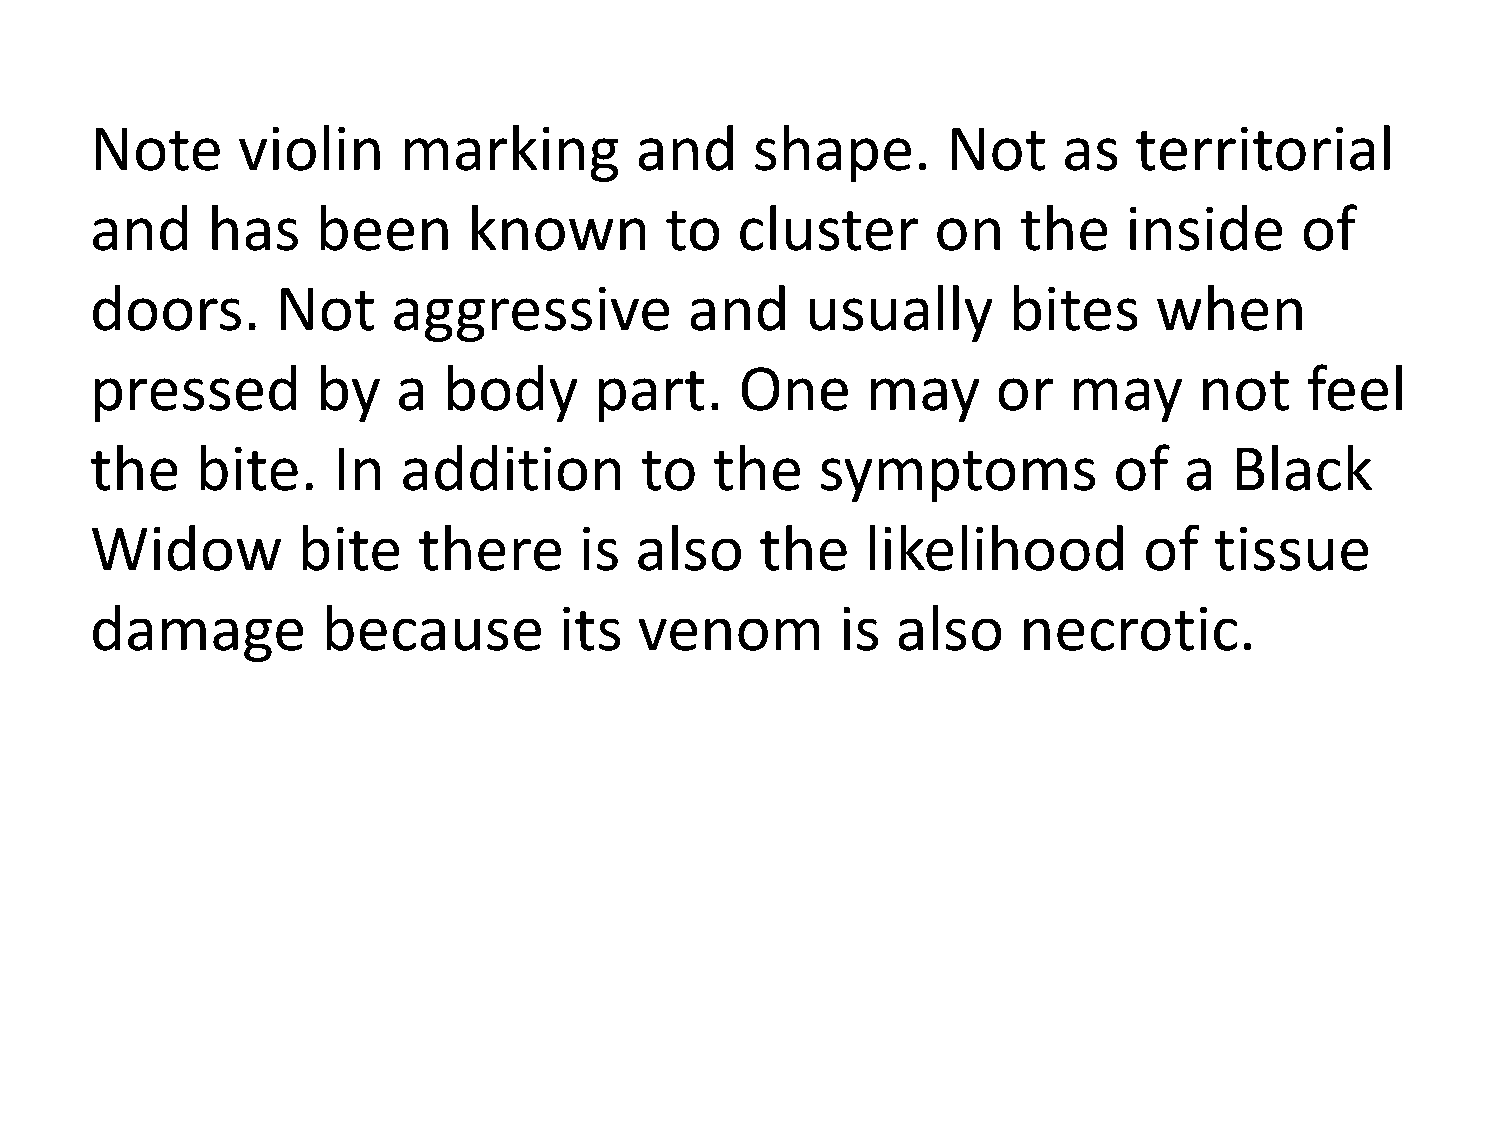
Note      violin    marking         and     shape.       Not    as   territorial
 and     has    been      known        to   cluster      on    the    inside     of
 doors.      Not     aggressive          and    usually       bites     when
 pressed        by   a  body      part.     One     may      or   may     not    feel
 the    bite.    In  addition        to   the    symptoms            of  a   Black
 Widow         bite    there     is  also    the    likelihood         of  tissue
 damage         because         its  venom         is also    necrotic.